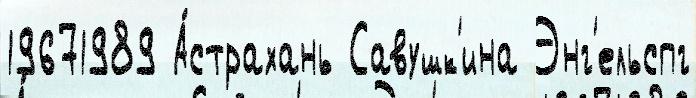
19671989 А́страхань Савушк'ина Энг'ельспг